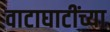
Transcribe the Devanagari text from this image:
वाटाघाटींच्या